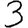
Digit: 3